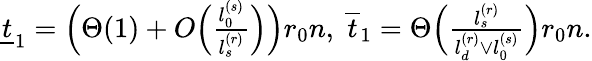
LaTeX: \begin{array}{r}{\underline{{t}}_{1}=\Big(\Theta(1)+O\Big(\frac{l_{0}^{(s)}}{l_{s}^{(r)}}\Big)\Big)r_{0}n,~\overline{{t}}_{1}=\Theta\Big(\frac{l_{s}^{(r)}}{l_{d}^{(r)}\vee l_{0}^{(s)}}\Big)r_{0}n.}\end{array}